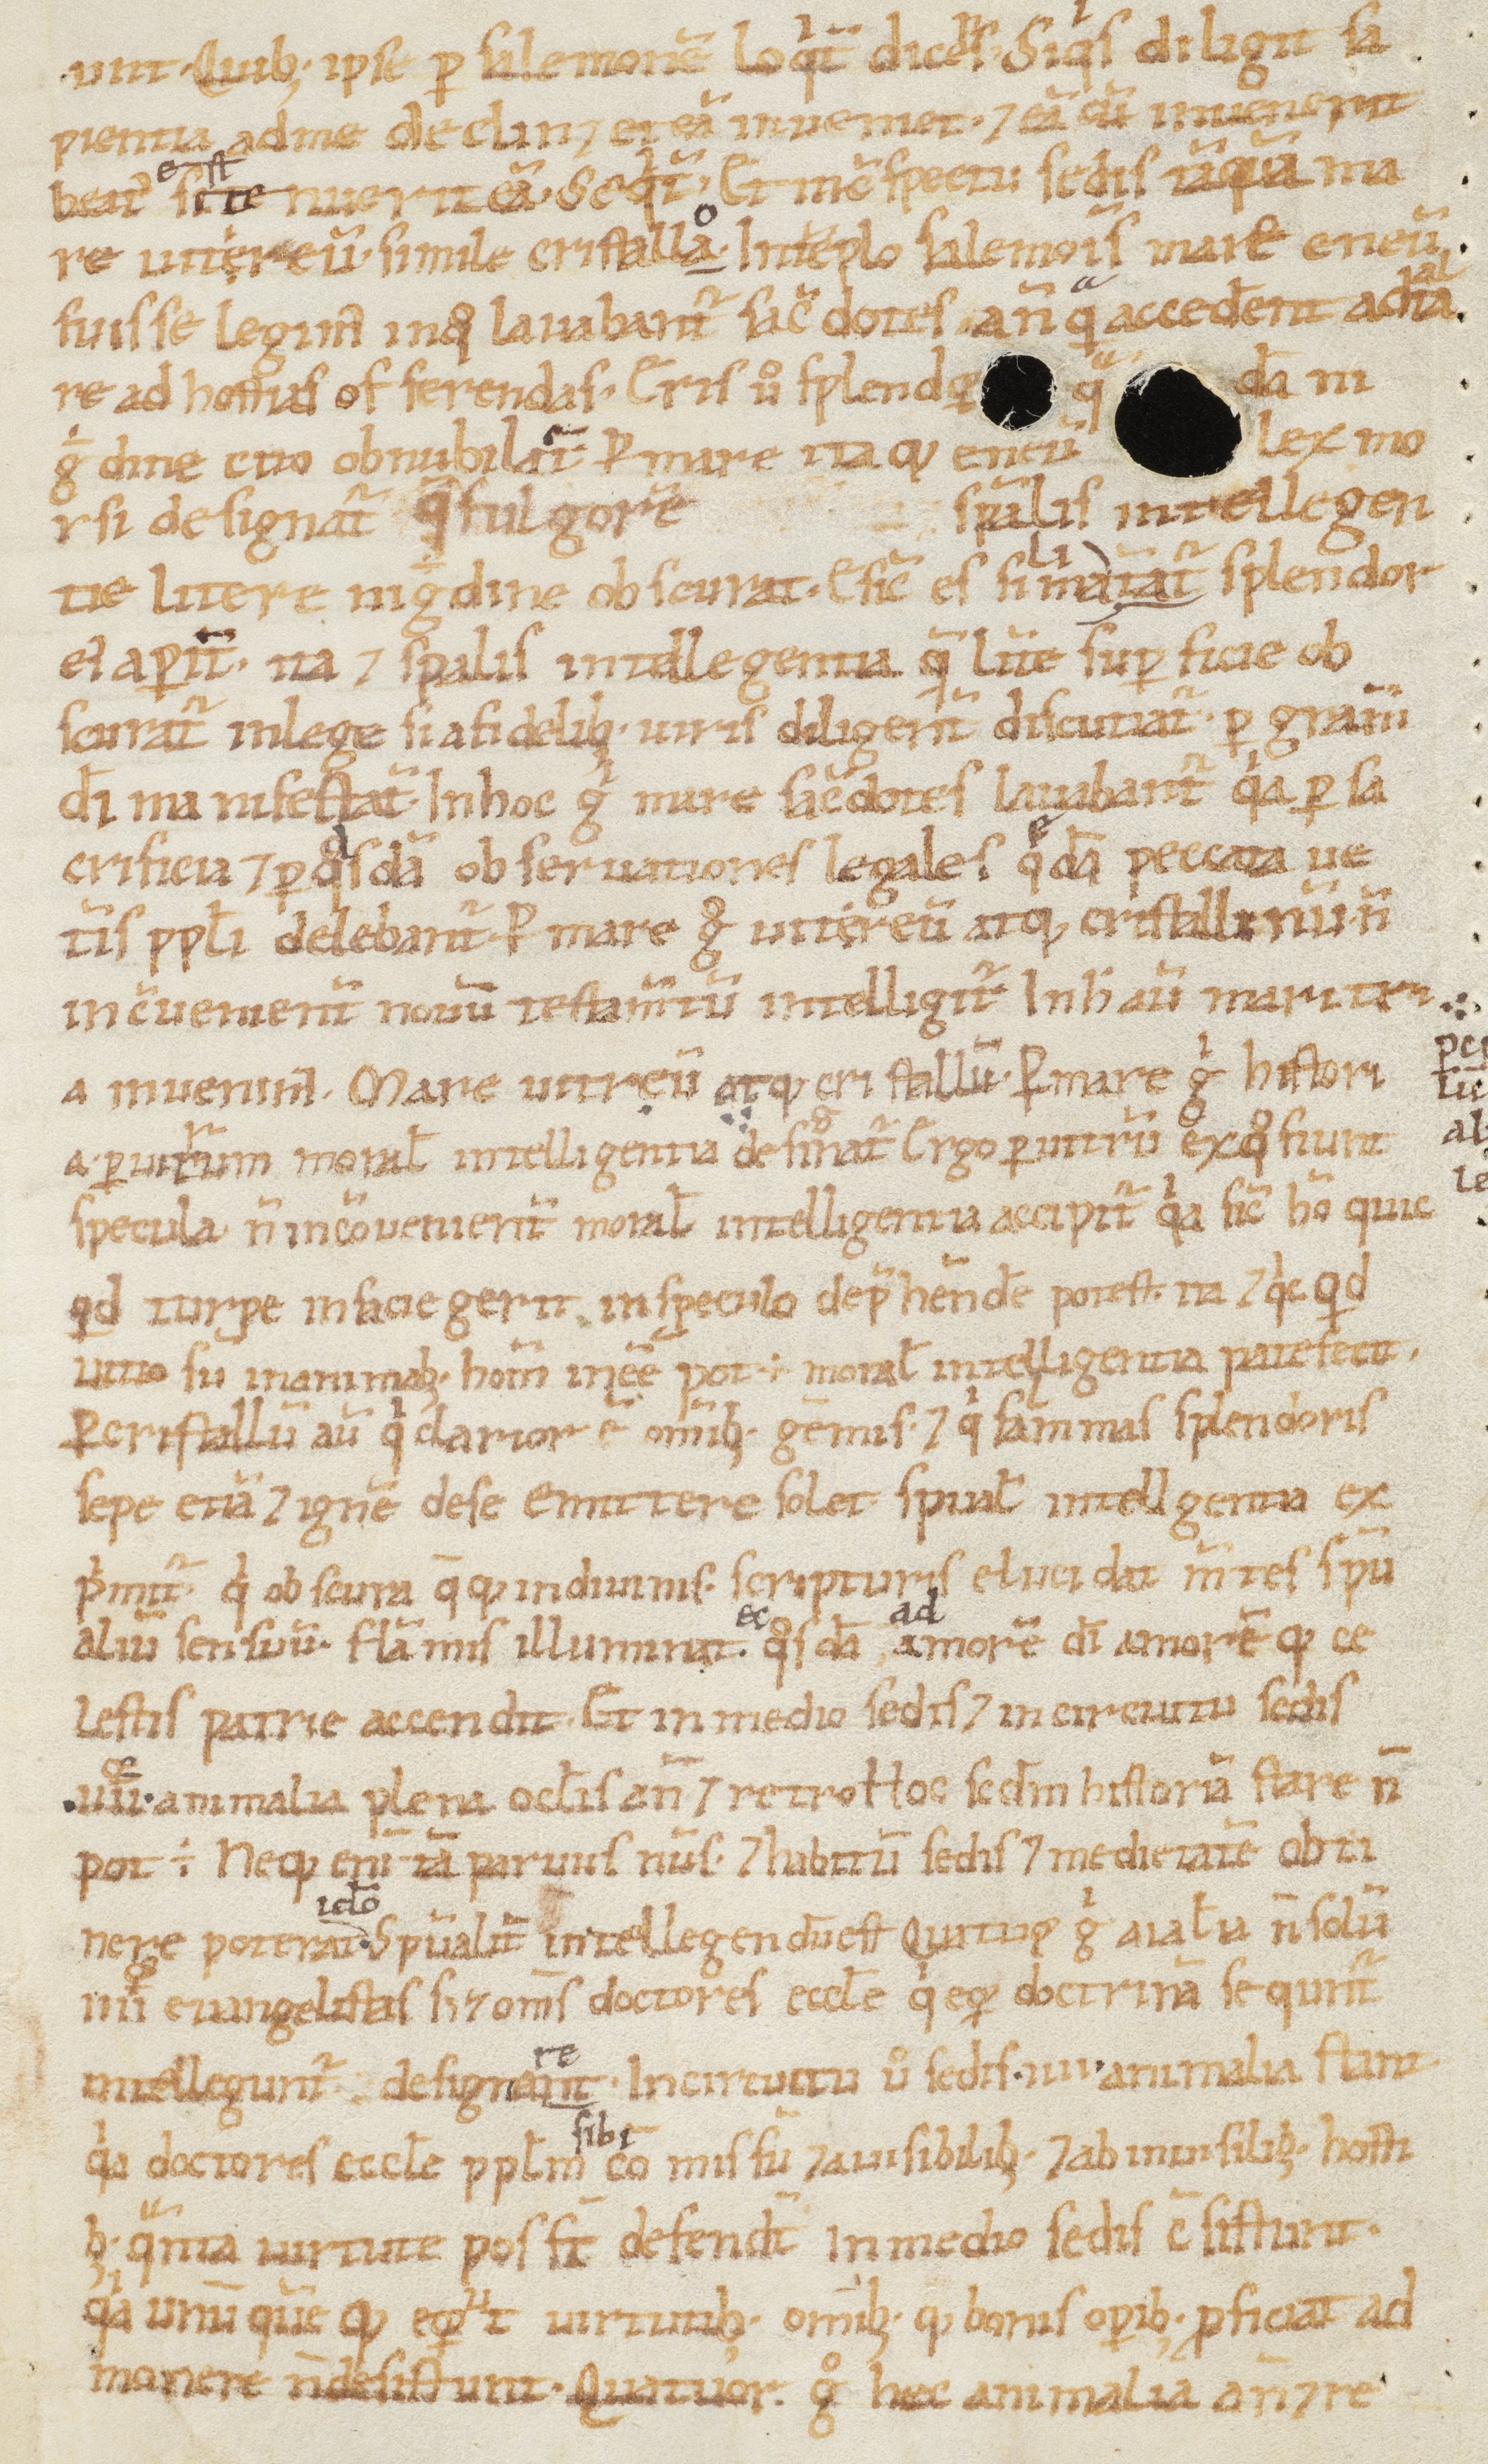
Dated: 1100–1199